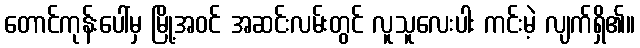
တောင်ကုန်းပေါ်မှ မြို့အဝင် အဆင်းလမ်းတွင် လူသူလေးပါး ကင်းမဲ့ လျက်ရှိ၏။